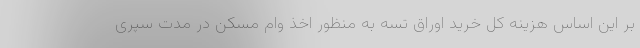
بر این اساس هزینه کل خرید اوراق تسه به منظور اخذ وام مسکن در مدت سپری